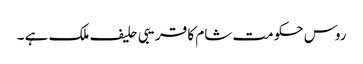
روس حکومت شام کا قریبی حلیف ملک ہے ۔